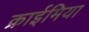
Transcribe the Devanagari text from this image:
क्राईमिया